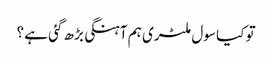
تو کیا سول ملٹری ہم آہنگی بڑھ گئی ہے ؟